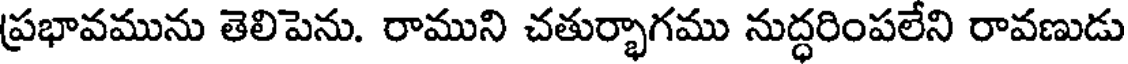
ప్రభావమును తెలిపెను. రాముని చతుర్భాగము నుద్ధరింపలేని రావణుడు